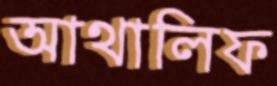
আথালিফ